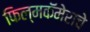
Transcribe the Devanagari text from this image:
फिल्मकॅमेराचे